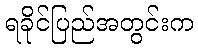
ရခိုင်ပြည်အတွင်းက